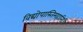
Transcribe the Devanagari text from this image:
विद्योपास्तिमहानिधि